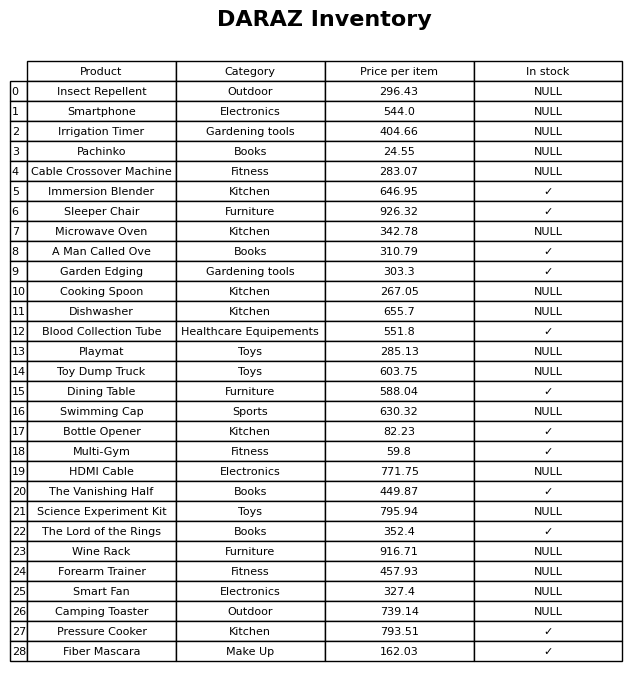
question: What is the price for A Man Called Ove?
answer: The price of A Man Called Ove is 310.79.